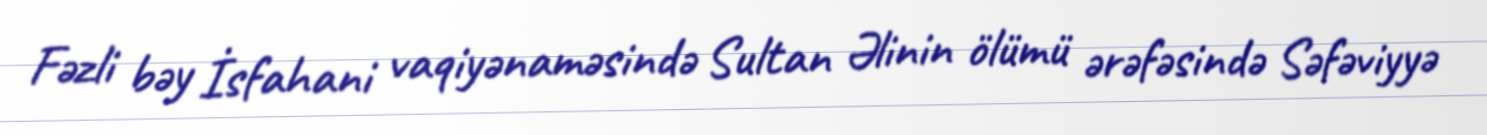
Fəzli bəy İsfahani vaqiyənaməsində Sultan Əlinin ölümü ərəfəsində Səfəviyyə